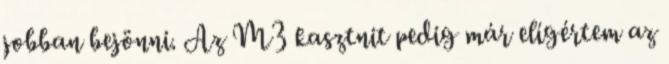
jobban bejönni. Az M3 kasztnit pedig már elígértem az